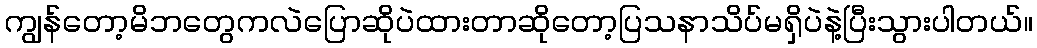
ကျွန်တော့မိဘတွေကလဲပြောဆိုပဲထားတာဆိုတော့ပြသနာသိပ်မရှိပဲနဲ့ပြီးသွားပါတယ်။